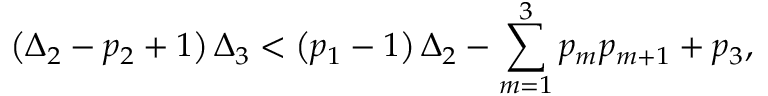
\left( \Delta _ { 2 } - p _ { 2 } + 1 \right) \Delta _ { 3 } < \left( p _ { 1 } - 1 \right) \Delta _ { 2 } - \sum _ { m = 1 } ^ { 3 } p _ { m } p _ { m + 1 } + p _ { 3 } ,